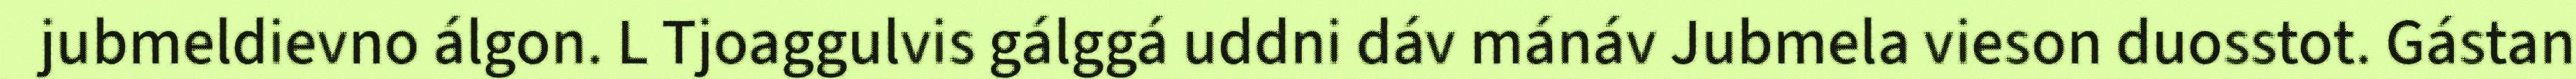
jubmeldievno álgon. L Tjoaggulvis gálggá uddni dáv mánáv Jubmela vieson duosstot. Gástan